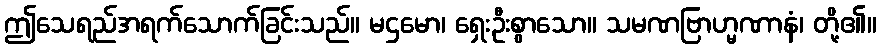
ဤသေရည်အရက်သောက်ခြင်းသည်။ မဌမော၊ ရှေးဦးစွာသော။ သမဏဗြာဟ္မဏာနံ၊ တို့၏။